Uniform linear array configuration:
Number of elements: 8
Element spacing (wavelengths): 0.25
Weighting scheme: blackman
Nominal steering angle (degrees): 15
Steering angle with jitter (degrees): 13.186
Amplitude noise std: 0.05
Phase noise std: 0.05

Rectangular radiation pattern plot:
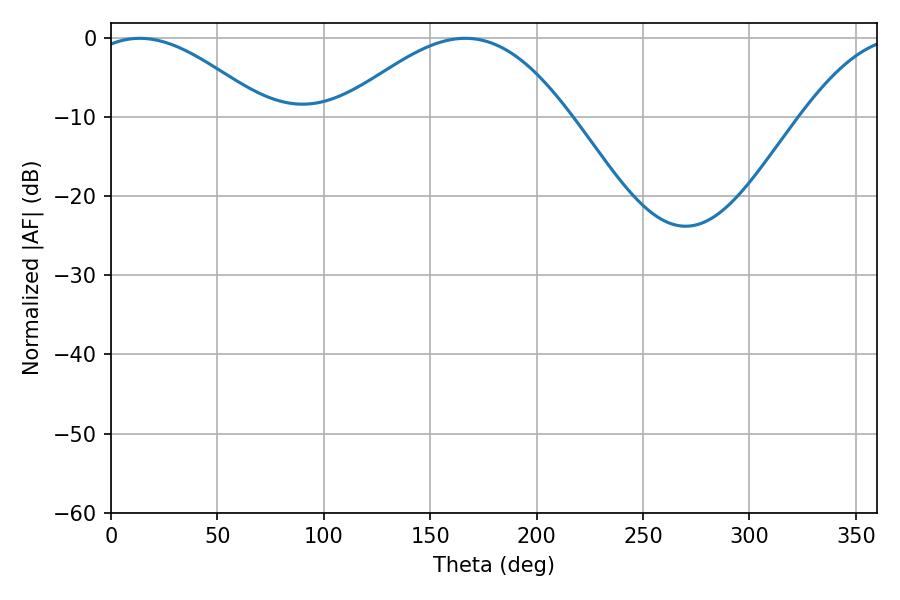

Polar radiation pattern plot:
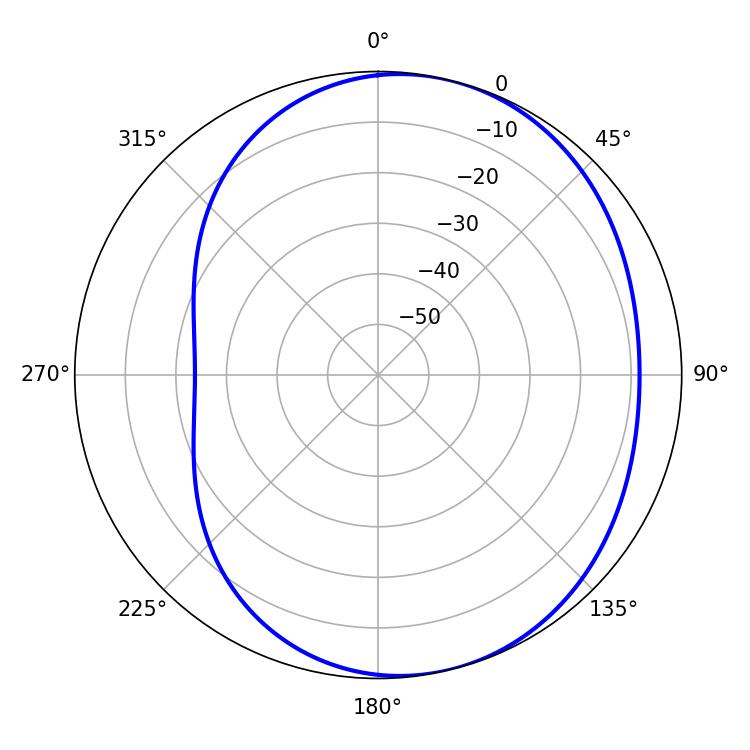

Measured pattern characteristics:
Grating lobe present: FALSE
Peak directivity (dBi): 4.927
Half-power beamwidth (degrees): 44.82
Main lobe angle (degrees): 13.5